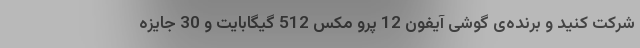
شرکت کنید و برنده‌ی گوشی آیفون 12 پرو مکس 512 گیگابایت و 30 جایزه